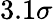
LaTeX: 3.1\sigma